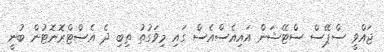
ޖައްވީ ސްޕޭސް ސްޓޭޝަން އައިއެސްއެސް ގައި މިވަގުތު ތިބި ދެ އެސްޓްރޮނޮޓުން ބުނީ